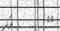
٦٢         އަދި